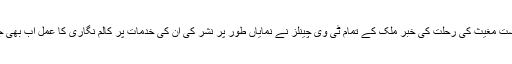
میرے دوست مغیث کی رحلت کی خبر ملک کے تمام ٹی وی چینلز نے نمایاں طور پر نشر کی ان کی خدمات پر کالم نگاری کا عمل اب بھی جاری ہے۔